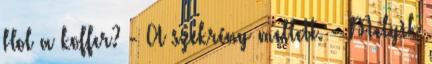
Hol a koffer? - A szekrény mellett. - Melyik